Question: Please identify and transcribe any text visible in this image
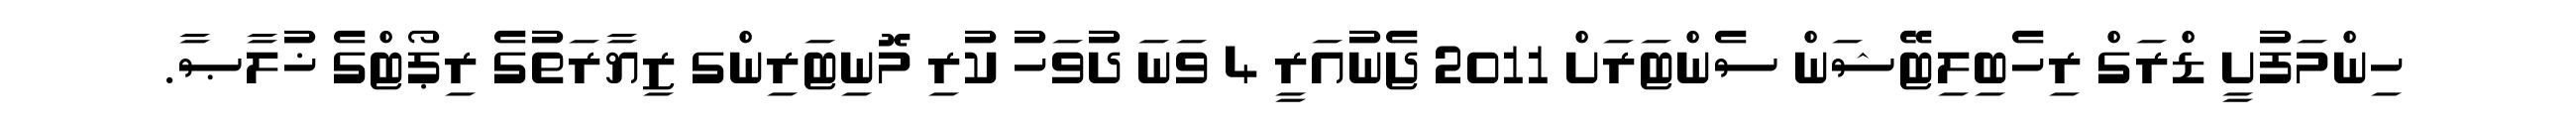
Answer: ހިންމަފުށީ ޑްރަގް ރިހެބިލިޓޭޝަން ސެންޓަރަށް 2011 ޖެނުއަރީ 4 ވަނަ ދުވަހު ކުރި މޮނިޓަރިންގ ޒިޔާރަތުގެ ރިޕޯޓްގެ ޚުލާޞާ.